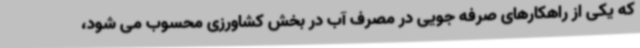
که یکی از راهکارهای صرفه جویی در مصرف آب در بخش کشاورزی محسوب می شود،